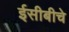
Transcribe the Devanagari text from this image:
ईसीबीचे